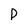
Character: P